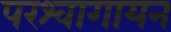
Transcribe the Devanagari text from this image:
परश्वागायन